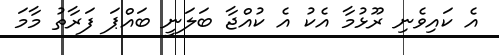
އެ ކައިވެނި ރޫޅުމާ އެކު އެ ކުއްޖާ ބަލަނީ ބައްޕަ ފަރާތު މާމަ